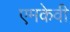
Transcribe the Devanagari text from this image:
एमकेवी